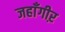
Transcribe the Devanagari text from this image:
जहाँगीऱ